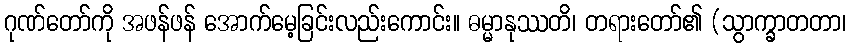
ဂုဏ်တော်ကို အဖန်ဖန် အောက်မေ့ခြင်းလည်းကောင်း။ ဓမ္မာနုဿတိ၊ တရားတော်၏ (သွာက္ခာတတာ၊